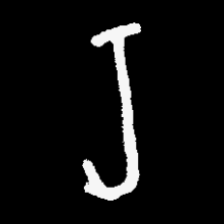
Pyu character \u2014 Myanmar letter: ရ (romanized: ra)